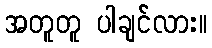
အတူတူ ပါချင်လား။